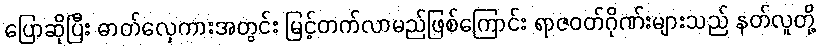
ပြောဆိုပြီး ဓာတ်လှေကားအတွင်း မြင့်တက်လာမည်ဖြစ်ကြောင်း ရာဇဝတ်ဂိုဏ်းများသည် နတ်လူတို့